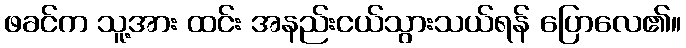
ဖခင်က သူ့အား ထင်း အနည်းငယ်သွားသယ်ရန် ပြောလေ၏။